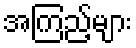
အကြည့်များ